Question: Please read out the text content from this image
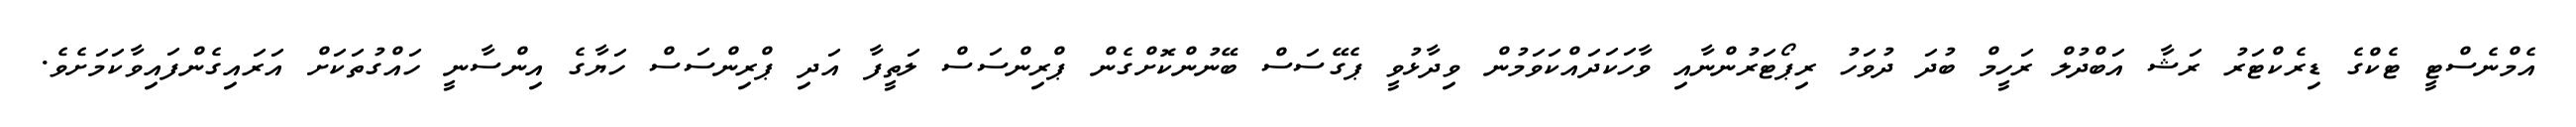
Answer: އެމްނެސްޓީ ޓެކްގެ ޑިރެކްޓަރު ރަޝާ އަބްދުލް ރަހީމް ބުދަ ދުވަހު ރިޕޯޓަރުންނާއި ވާހަކަދައްކަވަމުން ވިދާޅުވީ ޕެގޭސަސް ބޭނުންކޮށްގެން ޕްރިންސަސް ލަތީފާ އަދި ޕްރިންސަސް ހަޔާގެ އިންސާނީ ހައްގުތަކަށް އަރައިގެންފައިވާކަމަށެވެ.